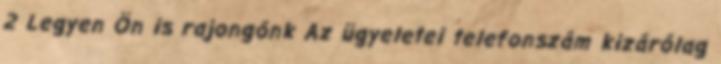
2 Legyen Ön is rajongónk Az ügyeletei telefonszám kizárólag